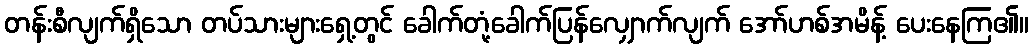
တန်းစီလျက်ရှိသော တပ်သားများရှေ့တွင် ခေါက်တုံ့ခေါက်ပြန်လျှောက်လျက် အော်ဟစ်အမိန့် ပေးနေကြ၏။